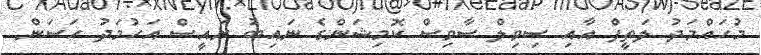
މުހައްމަދު ލަތީފް އާއި ސިވިލް ސާވިސް ކޮމިޝަންގެ ނައިބު ރައީސް އަހުމަދު ހަސަން